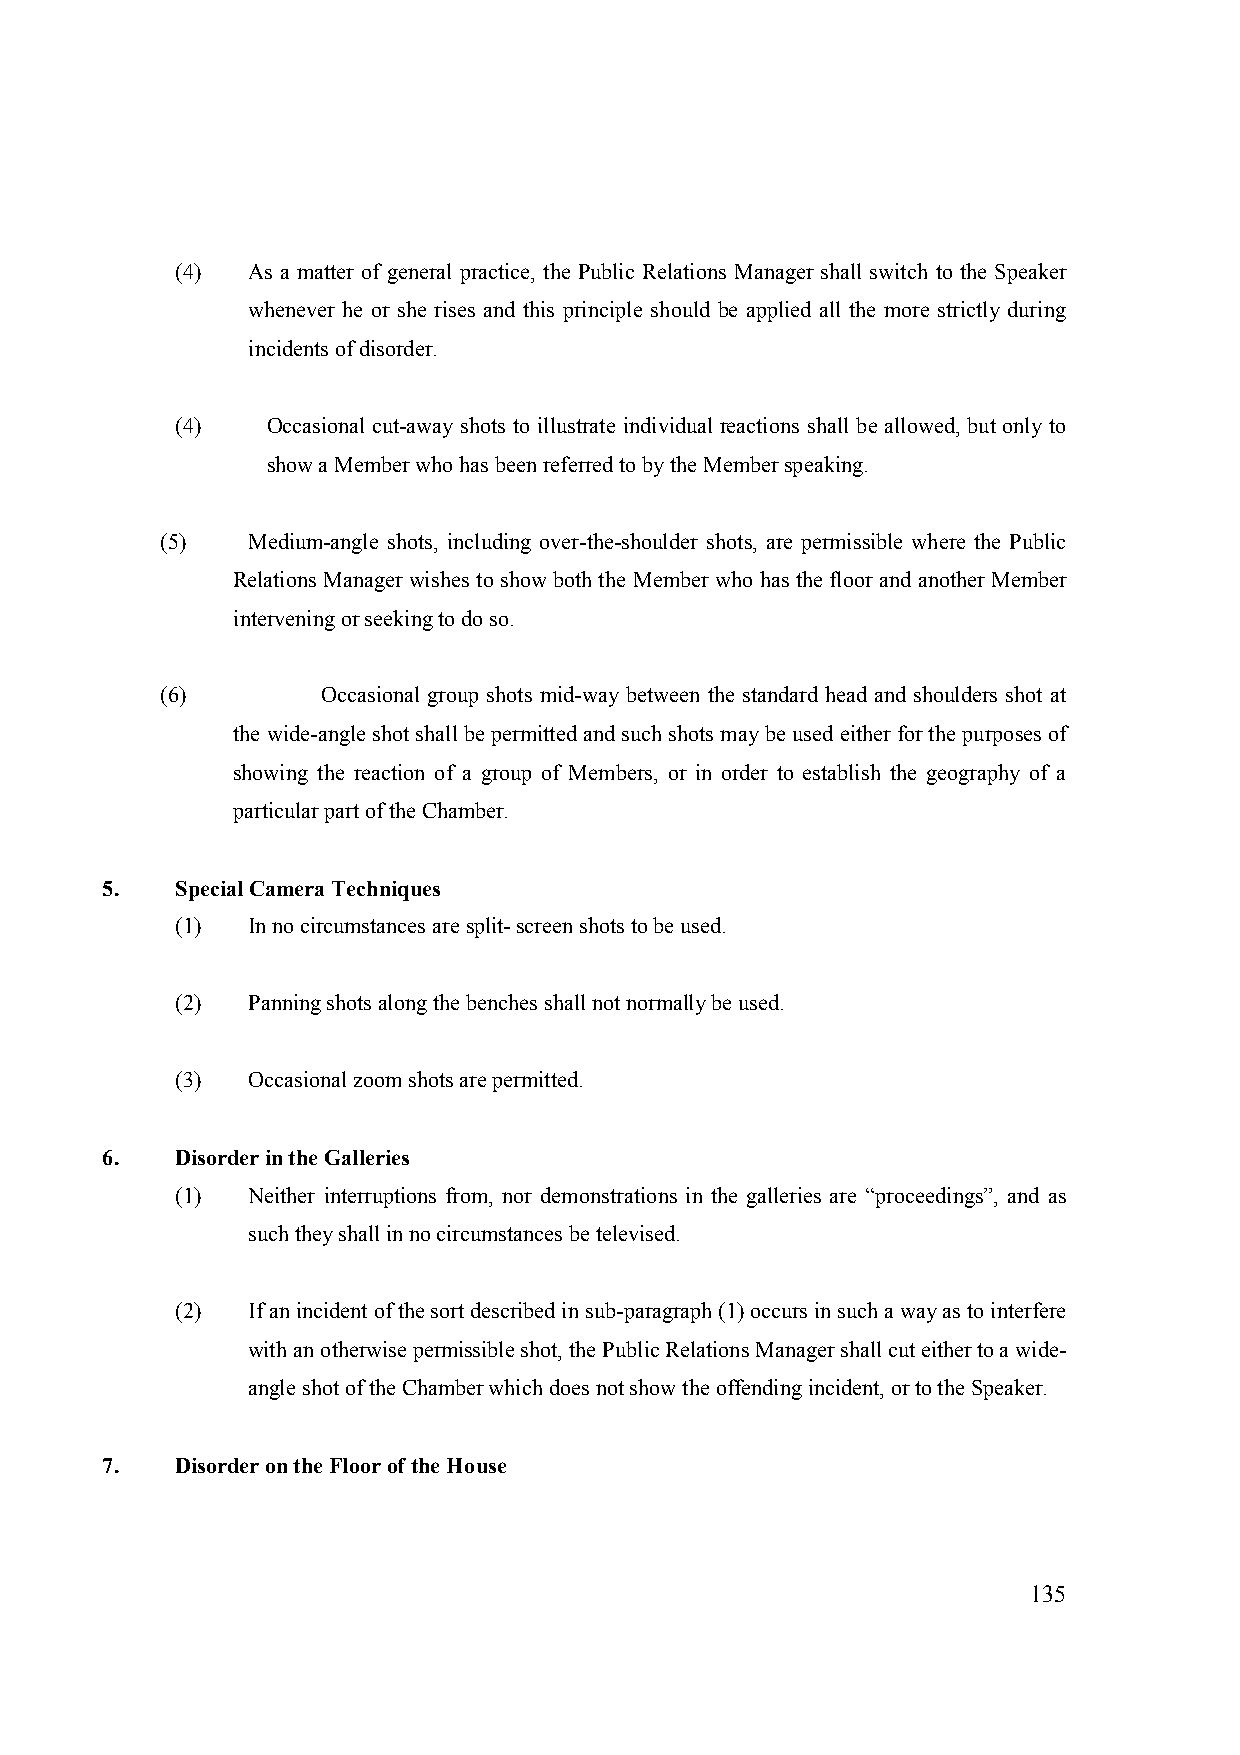
(4) As a matter of general practice, the Public Relations Manager shall switch to the Speaker
 whenever he or she rises and this principle should be applied all the more strictly during
 incidents of disorder.
 (4)   Occasional cut-away shots to illustrate individual reactions shall be allowed, but only to
 show a Member who has been referred to by the Member speaking.
 (5)  Medium-angle shots, including over-the-shoulder shots, are permissible where the Public
 Relations Manager wishes to show both the Member who has the floor and another Member
 intervening or seeking to do so.
 (6)       Occasional group shots mid-way between the standard head and shoulders shot at
 the wide-angle shot shall be permitted and such shots may be used either for the purposes of
 showing the reaction of a group of Members, or in order to establish the geography of a
 particular part of the Chamber.
 5.   Special Camera Techniques
 (1) In no circumstances are split- screen shots to be used.
 (2) Panning shots along the benches shall not normally be used.
 (3) Occasional zoom shots are permitted.
 6.   Disorder in the Galleries
 (1) Neither interruptions from, nor demonstrations in the galleries are “proceedings”, and as
 such they shall in no circumstances be televised.
 (2) If an incident of the sort described in sub-paragraph (1) occurs in such a way as to interfere
 with an otherwise permissible shot, the Public Relations Manager shall cut either to a wide-
 angle shot of the Chamber which does not show the offending incident, or to the Speaker.
 7.   Disorder on the Floor of the House
 135